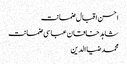
احسن اقبال ضمانت
شاہد خاقان عباسی ضمانت
محمد ضیا الدین